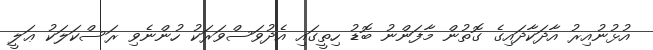
އުޅުނުއިރު އާދަކާދައިގެ ގޮތުން މާފަންނު ބޮޑު ހިތީގައި އެދުވަސްވަރަކު ހުންނެވި ރަސްކަލަކު ޢަލީ